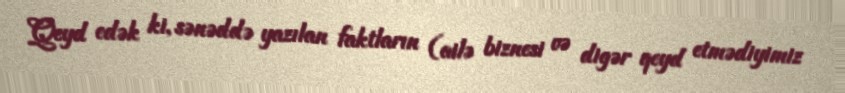
Qeyd edək ki, sənəddə yazılan faktların (ailə biznesi və digər qeyd etmədiyimiz